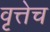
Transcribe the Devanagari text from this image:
वृत्तेच